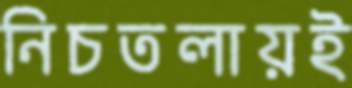
নিচতলায়ই